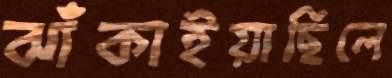
ঝাঁকাইয়াছিলে